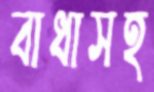
বাধাসহ